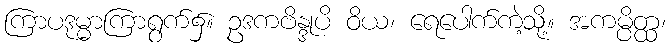
ကြာပဒုမ္မာကြာရွက်၌။ ဥဒကဗိန္ဒုပိ ဝိယ၊ ရေပေါက်ကဲ့သို့။ အကမ္ပိတ္ထ၊